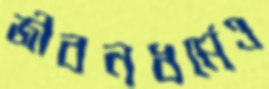
জীবনধর্মেও